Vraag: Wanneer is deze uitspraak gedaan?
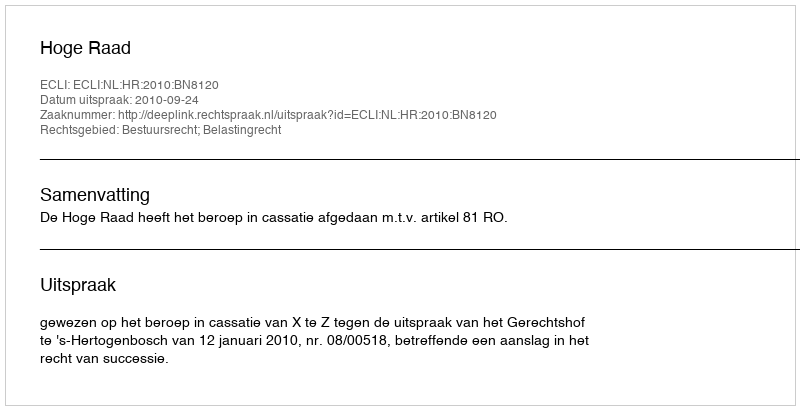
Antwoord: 2010-09-24